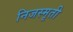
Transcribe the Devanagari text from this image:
निजस्मृती